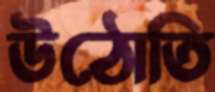
উঠোতি